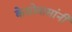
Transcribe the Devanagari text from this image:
केसोबासांनी